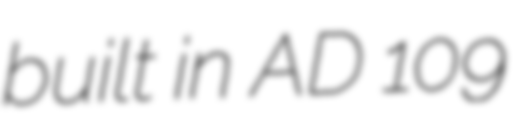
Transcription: built in AD 109